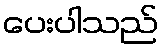
ပေးပါသည်